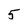
Character: 5